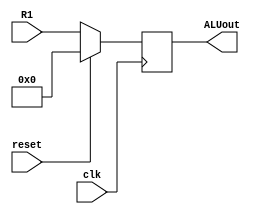
`timescale 1ns / 1ps
//////////////////////////////////////////////////////////////////////////////////
// Company: 
// Engineer: 
// 
// Design Name: 
// Module Name:    ALUout_reg 
// Project Name: 
// Target Devices: 
// Tool versions: 
// Description: 
//
// Dependencies: 
//
// Revision: 
// Revision 0.01 - File Created
// Additional Comments: 
//
//////////////////////////////////////////////////////////////////////////////////
module ALUout_reg(ALUout,R1,reset,clk);
output 	reg[31:0]		ALUout;
input 	[31:0]		R1;
input 					reset,clk;

initial begin ALUout = 0; end
always@(posedge clk)
begin
if (reset) begin ALUout <= 0; end
else begin ALUout <= R1; end
end

endmodule